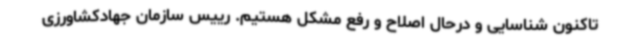
تاکنون شناسایی و درحال اصلاح و رفع مشکل هستیم. رییس سازمان جهادکشاورزی